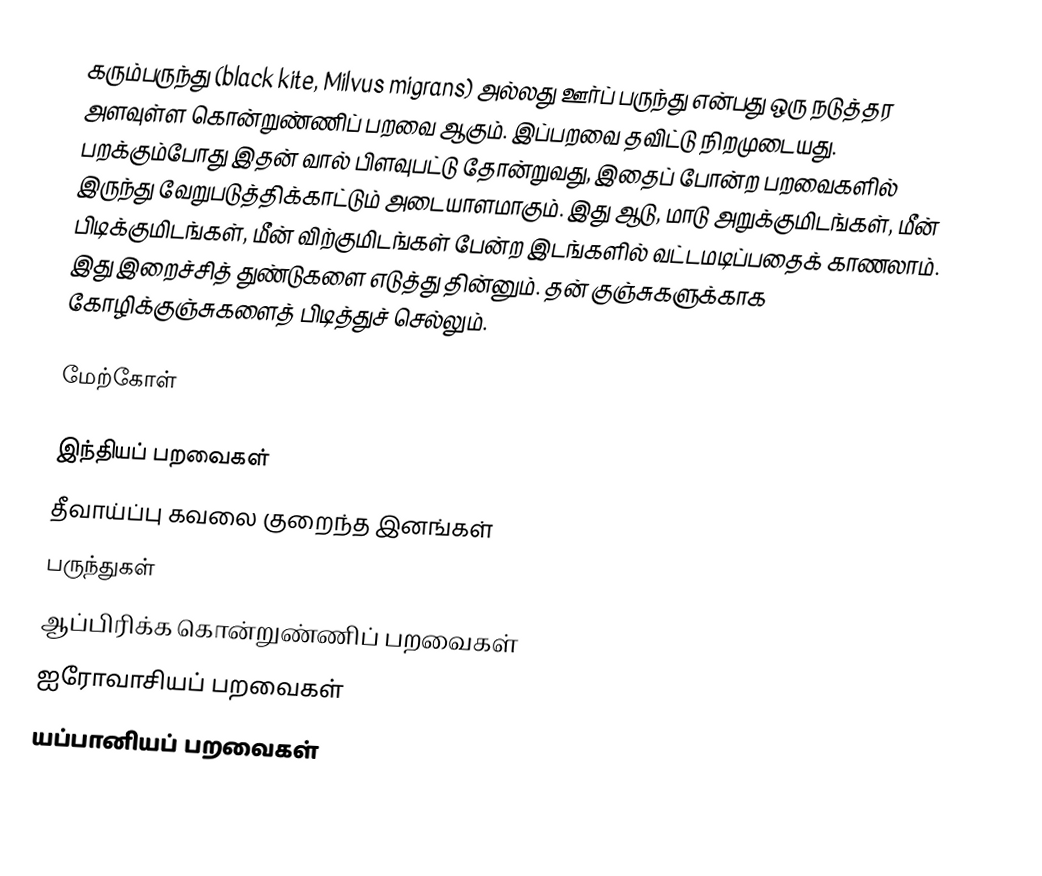
கரும்பருந்து (black kite, Milvus migrans) அல்லது ஊர்ப் பருந்து என்பது ஒரு நடுத்தர அளவுள்ள கொன்றுண்ணிப் பறவை ஆகும். இப்பறவை தவிட்டு நிறமுடையது. பறக்கும்போது இதன் வால் பிளவுபட்டு தோன்றுவது, இதைப் போன்ற பறவைகளில் இருந்து வேறுபடுத்திக்காட்டும் அடையாளமாகும். இது ஆடு, மாடு அறுக்குமிடங்கள், மீன் பிடிக்குமிடங்கள், மீன் விற்குமிடங்கள் பேன்ற இடங்களில் வட்டமடிப்பதைக் காணலாம். இது இறைச்சித் துண்டுகளை எடுத்து தின்னும். தன் குஞ்சுகளுக்காக கோழிக்குஞ்சுகளைத் பிடித்துச் செல்லும்.

மேற்கோள்

இந்தியப் பறவைகள்
தீவாய்ப்பு கவலை குறைந்த இனங்கள்
பருந்துகள்
ஆப்பிரிக்க கொன்றுண்ணிப் பறவைகள்
ஐரோவாசியப் பறவைகள்
யப்பானியப் பறவைகள்